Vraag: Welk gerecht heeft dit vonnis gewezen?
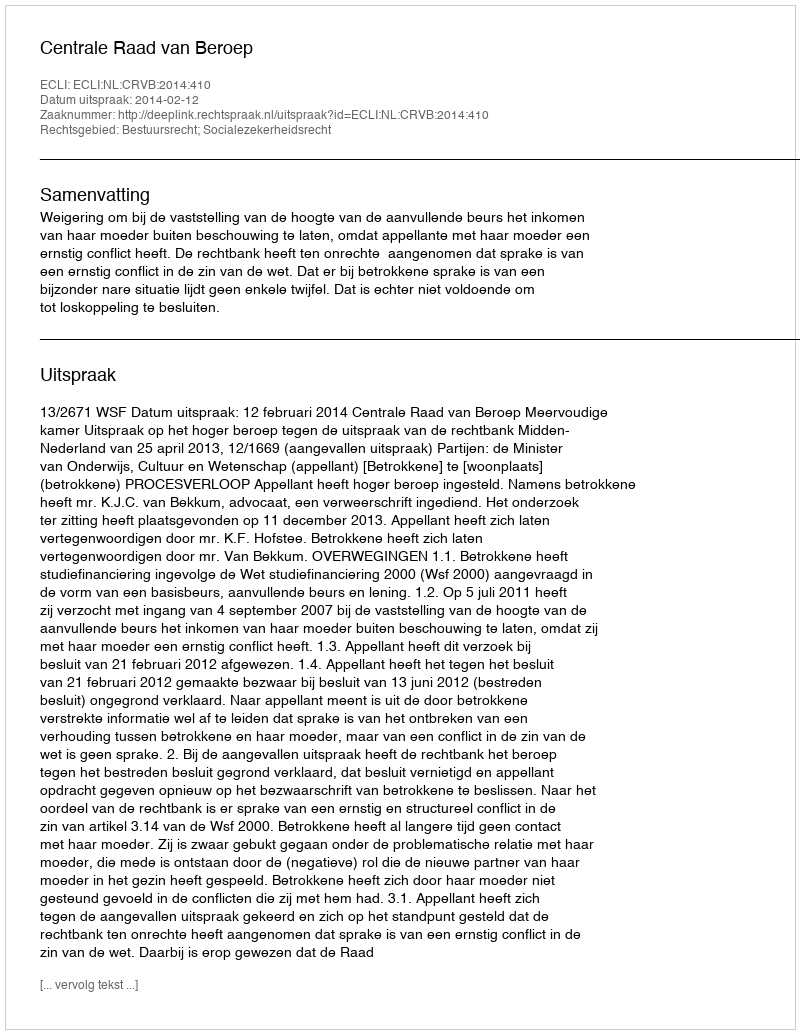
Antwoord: Centrale Raad van Beroep